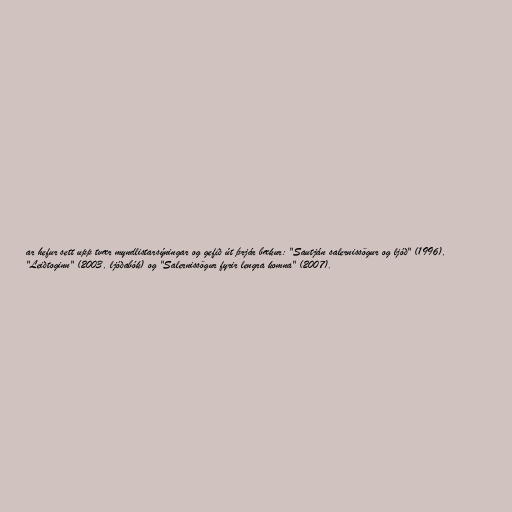
ar hefur sett upp tvær myndlistarsýningar og gefið út þrjár bækur: "Sautján salernissögur og ljóð" (1996),
"Leiðtoginn" (2003, ljóðabók) og "Salernissögur fyrir lengra komna" (2007).